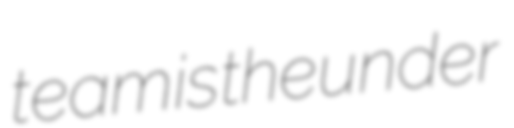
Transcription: team is the under